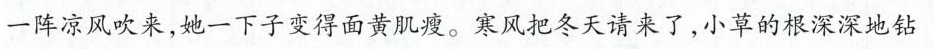
一阵凉风吹来，她一下子变得面黄肌瘦。寒风把冬天请来了，小草的根深深地钻